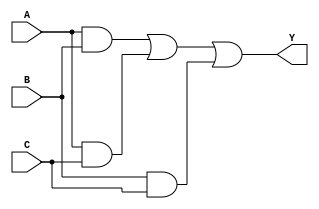
//Verilog HDL for "lyt_9160734", "KC_ADD_C_B_X1" "functional"

`timescale 1ns / 100ps
module KC_ADD_C_B_X1 ( Y, A, B, C );

  input C;
  output Y;
  input A;
  input B;

wire Y;
//assign Y = AB && AC && BC;

assign Y = (A && B) || (A && C) || (B && C);

endmodule
//Verilog HDL for "lyt_9160734", "KC_ADD_C_X1" "functional"

`timescale 1ns / 100ps
module KC_ADD_C_X1 ( Y, A, B, C );

  input C;
  output Y;
  input A;
  input B;

wire Y;
//assign Y =  ~(AB && AC && BC) ;

assign Y = ~((A && B) || (A && C) || (B && C));

endmodule
//Verilog HDL for "lyt_9160734", "KC_ADDH_X1" "functional"

`timescale 1ns / 100ps
module KC_ADDH_X1 ( S, Co, A, B );

  output S;
  output Co;
  input A;
  input B;

wire S, Co;

assign S = A ^ B; 

assign Co = (A && B);
endmodule
//Verilog HDL for "lyt_9160734", "KC_AND2BB_X1" "functional"

`timescale 1ns / 100ps
module KC_AND2BB_X1 ( Y, AN, BN );

  output Y;
  input AN;
  input BN;

wire Y;
//assign Y = AN && BN ;

assign Y = (~AN) && (~BN);

endmodule
//Verilog HDL for "lyt_9160734", "KC_AND2B_X1" "functional"

`timescale 1ns / 100ps
module KC_AND2B_X1 ( Y, A, B );

  output Y;
  input A;
  input B;

wire Y;
//assign Y = ~A && B ;

assign Y = ~(B && ~A);

endmodule
//Verilog HDL for "lyt_9160734", "KC_AND2B_X2" "functional"

`timescale 1ns / 100ps
module KC_AND2B_X2 ( Y, A, B );

  output Y;
  input A;
  input B;

wire Y;
//assign Y = A && ~B ;

//assign Y = ~(B || ~A);
assign Y = (~B) & A;

endmodule
//Verilog HDL for "lyt_9160734", "KC_AND2_X1" "functional"

`timescale 1ns / 100ps
module KC_AND2_X1 ( Y, A, B );

  output Y;
  input A;
  input B;

wire Y;
assign Y = A && B ;

endmodule
//Verilog HDL for "lyt_9160734", "KC_AND2_X2" "functional"

`timescale 1ns / 100ps
module KC_AND2_X2 ( Y, A, B );

  output Y;
  input A;
  input B;

wire Y;
assign Y = A && B ;

endmodule
//Verilog HDL for "lyt_9160734", "KC_AND2_X3" "functional"

`timescale 1ns / 100ps
module KC_AND2_X3 ( Y, A, B );

  output Y;
  input A;
  input B;

wire Y;
assign Y = A && B ;

endmodule
//Verilog HDL for "lyt_9160734", "KC_AND2_X4" "functional"

`timescale 1ns / 100ps
module KC_AND2_X4 ( Y, A, B );

  output Y;
  input A;
  input B;

wire Y;
assign Y = A && B ;

endmodule
//Verilog HDL for "lyt_9160734", "KC_AND3_X1" "functional"

`timescale 1ns / 100ps
module KC_AND3_X1 ( Y, A, B, C );

  input C;
  output Y;
  input A;
  input B;

wire Y;
assign Y = A && B && C;

endmodule
//Verilog HDL for "lyt_9160734", "KC_AND4B_X1" "functional"

`timescale 1ns / 100ps
module KC_AND4B_X1 ( Y, AN, B, C, D );

  input C;
  output Y;
  input AN;
  input D;
  input B;

wire Y;
assign Y = (~AN) && B && C && D;

endmodule
//Verilog HDL for "lyt_9160734", "KC_AND4_X1" "functional"

`timescale 1ns / 100ps
module KC_AND4_X1 ( Y, A, B, C, D );

  input C;
  output Y;
  input A;
  input D;
  input B;

wire Y;
assign Y = A && B && C && D;

endmodule
//Verilog HDL for "lyt_9160734", "KC_AND4_X2" "functional"

`timescale 1ns / 100ps
module KC_AND4_X2 ( Y, A, B, C, D );

  input C;
  output Y;
  input A;
  input D;
  input B;

wire Y;
assign Y = A && B && C && D;

endmodule
//Verilog HDL for "lyt_9160734", "KC_AO112BB_X1" "functional"

`timescale 1ns / 100ps
module KC_AO112BB_X1 ( Y, A, B, C, D );

  input A;
  output Y;
  input B;
  input C;
  input D;

wire Y;
//assign Y = ~((A && B) || ~C || ~D);

assign Y = A && B || ~C && ~D;

endmodule
//Verilog HDL for "LYT_9160734", "KC_AO12B_X1" "functional"

`timescale 1ns / 100ps
module KC_AO12B_X1 ( Y, A, B, C );

  input B;
  output Y;
  input A;
  input C;

wire Y;
assign Y = A && B || (~C);

endmodule
//Verilog HDL for "lyt_9160734", "KC_AO12B_X2" "functional"

`timescale 1ns / 100ps
module KC_AO12B_X2 ( Y, A, B, C );

  input B;
  output Y;
  input A;
  input C;

wire Y;
assign Y = A && B || (~C);

endmodule
//Verilog HDL for "lyt_9160734", "KC_AO21_X1" "functional"

`timescale 1ns / 100ps
module KC_AO21_X1 ( Y, A0, A1, B );

  input B;
  output Y;
  input A0;
  input A1;
wire Y;

assign Y = (A0 && A1) || B;
endmodule
//Verilog HDL for "lyt_9160734", "KC_AO21_X2" "functional"

`timescale 1ns / 100ps
module KC_AO21_X2 ( Y, A0, A1, B );

  input B;
  output Y;
  input A0;
  input A1;
wire Y;

assign Y = (A0 && A1) || B;
endmodule
//Verilog HDL for "lyt_9160734", "KC_AO2222_X1" "functional"

`timescale 1ns / 100ps

module KC_AO2222_X1 ( Y, A0, A1, B0, B1, C0, C1, D0, D1 );

  input B1;
  input A1;
  output Y;
  input A0;
  input B0;
  input C0;
  input C1;
  input D0;
  input D1;

wire Y;

assign Y =  ((A0 && A1) || (B0 && B1) || (C0 && C1) || (D0 && D1));
endmodule
//Verilog HDL for "lyt_9160734", "KC_AO2222_X2" "functional"

`timescale 1ns / 100ps

module KC_AO2222_X2 ( Y, A0, A1, B0, B1, C0, C1, D0, D1 );

  input B1;
  input A1;
  output Y;
  input A0;
  input B0;
  input C0;
  input C1;
  input D0;
  input D1;

wire Y;

assign Y =  ((A0 && A1) || (B0 && B1) || (C0 && C1) || (D0 && D1));
endmodule
//Verilog HDL for "lyt_9160734", "KC_AO222_X1" "functional"

`timescale 1ns / 100ps
module KC_AO222_X1 ( Y, C1, C0, B1, B0, A1, A0 );

  input B1;
  input A1;
  output Y;
  input C1;
  input C0;
  input A0;
  input B0;
wire Y;

//assign Y = ~( (A0 && A1) || (B0 && B1) || ( C0 && C1));

//assign Y = A0 && A1 || B0 && B1 || C0 && C1 || D0 && D1;
assign Y = A0 && A1 || B0 && B1 || C0 && C1 ;

endmodule
//Verilog HDL for "lyt_9160734", "KC_AO22BB_X1" "functional"

`timescale 1ns / 100ps

module KC_AO22BB_X1 ( Y, A, B, C, D );

  input A;
  input B;
  output Y;
  input C;
  input D;

wire Y;

assign Y =  (A && B) || (~C && ~D);
endmodule
//Verilog HDL for "lyt_9160734", "KC_AO22_X1" "functional"

`timescale 1ns / 100ps

module KC_AO22_X1 ( Y, A0, A1, B0, B1 );

  input B1;
  input A1;
  output Y;
  input A0;
  input B0;

wire Y;

assign Y =  (A0 && A1) || (B0 && B1);
endmodule
//Verilog HDL for "lyt_9160734", "KC_AO22_X2" "functional"

`timescale 1ns / 100ps

module KC_AO22_X2 ( Y, A0, A1, B0, B1 );

  input B1;
  input A1;
  output Y;
  input A0;
  input B0;

wire Y;

assign Y =  (A0 && A1) || (B0 && B1);
endmodule
//Verilog HDL for "lyt_9160734", "KC_AO22_X3" "functional"

`timescale 1ns / 100ps

module KC_AO22_X3 ( Y, A0, A1, B0, B1 );

  input B1;
  input A1;
  output Y;
  input A0;
  input B0;

wire Y;

assign Y =  (A0 && A1) || (B0 && B1);
endmodule
//Verilog HDL for "lyt_9160734", "KC_AOI112B_X1" "functional"

`timescale 1ns / 100ps
module KC_AOI112B_X1 ( Y, C0, C1N, A, B );

  input A;
  output Y;
  input C0;
  input C1N;
  input B;

wire Y;
assign Y = ~((C0 && ~C1N) || B || A);

endmodule
//Verilog HDL for "lyt_9160734", "KC_AOI211_X1" "functional"

`timescale 1ns / 100ps
module KC_AOI211_X1 ( Y, C0, C1, A, B );

  input A;
  output Y;
  input C0;
  input C1;
  input B;

wire Y;
assign Y = ~((C0 && C1) || B || A);

endmodule
//Verilog HDL for "lyt_9160734", "KC_AOI21BB_X1" "functional"

`timescale 1ns / 100ps
module KC_AOI21BB_X1 ( Y, A1N, BN, A0 );

  input A0;
  output Y;
  input BN;
  input A1N;
wire Y;

assign Y = ~((A0 && ~A1N) || ~BN);
endmodule
//Verilog HDL for "lyt_9160734", "KC_AOI21B_X1" "functional"

`timescale 1ns / 100ps
module KC_AOI21B_X1 ( Y, A1, B, A0N );

  input A0N;
  output Y;
  input B;
  input A1;
wire Y;

assign Y = ~((~A0N && A1) || B);
endmodule
//Verilog HDL for "lyt_9160734", "KC_AOI21B_X2" "functional"

`timescale 1ns / 100ps
module KC_AOI21B_X2 ( Y, A1, BN, A0 );

  input A0;
  output Y;
  input BN;
  input A1;
wire Y;

assign Y = ~((A0 && A1) || ~BN);
endmodule
//Verilog HDL for "lyt_9160734", "KC_AOI21_X1" "functional"

`timescale 1ns / 100ps
module KC_AOI21_X1 ( Y, A1, B, A0 );

  input A0;
  output Y;
  input B;
  input A1;
wire Y;

assign Y = ~((A0 && A1) || B);
endmodule
//Verilog HDL for "lyt_9160734", "KC_AOI222_X1" "functional"

`timescale 1ns / 100ps
module KC_AOI222_X1 ( Y, C1, C0, B1, B0, A1, A0 );

  input B1;
  input A1;
  output Y;
  input C1;
  input C0;
  input A0;
  input B0;
wire Y;

//assign Y = ( (A0 && A1) || (B0 && B1) || ( C0 && C1));

assign Y = ~( (A0 && A1) || (B0 && B1) || ( C0 && C1));


endmodule
//Verilog HDL for "lyt_9160734", "KC_AOI22BB_X1" "functional"

`timescale 1ns / 100ps

module KC_AOI22BB_X1 ( Y, A0N, A1, B0N, B1 );

  input B1;
  input A1;
  output Y;
  input A0N;
  input B0N;

wire Y;

assign Y =  ~((~A0N && A1) || (~B0N && B1));
endmodule
//Verilog HDL for "lyt_9160734", "KC_AOI22B_X1" "functional"

`timescale 1ns / 100ps

module KC_AOI22B_X1 ( Y, A0N, A1, B0, B1 );

  input B1;
  input A1;
  output Y;
  input A0N;
  input B0;

wire Y;

assign Y =  ~((~A0N && A1) || (B0 && B1));
endmodule
//Verilog HDL for "lyt_9160734", "KC_AOI22B_X2" "functional"

`timescale 1ns / 100ps

module KC_AOI22B_X2 ( Y, A0N, A1, B0, B1 );

  input B1;
  input A1;
  output Y;
  input A0N;
  input B0;

wire Y;

assign Y =  ~((~A0N && A1) || (B0 && B1));
endmodule
//Verilog HDL for "lyt_9160734", "KC_AOI22_X1" "functional"

`timescale 1ns / 100ps

module KC_AOI22_X1 ( Y, A0, A1, B0, B1 );

  input B1;
  input A1;
  output Y;
  input A0;
  input B0;

wire Y;

assign Y =  ~((A0 && A1) || (B0 && B1));
endmodule
//Verilog HDL for "lyt_9160734", "KC_AOI22_X2" "functional"

`timescale 1ns / 100ps

module KC_AOI22_X2 ( Y, A0, A1, B0, B1 );

  input B1;
  input A1;
  output Y;
  input A0;
  input B0;

wire Y;

assign Y =  ~((A0 && A1) || (B0 && B1));
endmodule
//Verilog HDL for "lyt_9160734", "KC_AOI31_X1" "functional"

`timescale 1ns / 100ps
module KC_AOI31_X1 ( Y, A, B2, B1, B0 );

  input B1;
  output Y;
  input B0;
  input A;
  input B2;
wire Y;

assign Y = ~((B0 && B1 && B2) || A);
endmodule
//Verilog HDL for "lyt_9160734", "KC_AOI31_X2" "functional"

`timescale 1ns / 100ps
module KC_AOI31_X2 ( Y, A, B2, B1, B0 );

  input B1;
  output Y;
  input B0;
  input A;
  input B2;
wire Y;

assign Y = ~((B0 && B1 && B2) || A);
endmodule
//Verilog HDL for "lyt_9160734", "KC_AOI32_X1" "functional"

`timescale 1ns / 100ps
module KC_AOI32_X1 ( Y, A0, A1,  A2, B1, B0 );

  input B1;
  output Y;
  input B0;
  input A0;
  input A1;
  input A2;
wire Y;

assign Y = ~((A0 && A1 && A2) || (B0 && B1));
endmodule
//Verilog HDL for "lyt_9160734", "KC_AOI32_X2" "functional"

`timescale 1ns / 100ps
module KC_AOI32_X2 ( Y, A, B, C, D, E );

  input A;
  output Y;
  input B;
  input C;
  input D;
  input E;
wire Y;

assign Y = ~((A && B && C) || (D && E));
endmodule
//Verilog HDL for "lyt_9160734", "KC_BUF_X1" "functional"

`timescale 1ns / 100ps
module KC_BUF_X1 ( Y, A );

  output Y;
  input A;

wire Y;
assign Y = A;

endmodule
//Verilog HDL for "lyt_9160734", "KC_BUF_X10" "functional"

`timescale 1ns / 100ps
module KC_BUF_X10 ( Y, A );

  output Y;
  input A;

wire Y;
assign Y = A;

endmodule
//Verilog HDL for "lyt_9160734", "KC_BUF_X12" "functional"

`timescale 1ns / 100ps
module KC_BUF_X12 ( Y, A );

  output Y;
  input A;

wire Y;
assign Y = A;

endmodule
//Verilog HDL for "lyt_9160734", "KC_BUF_X13" "functional"

`timescale 1ns / 100ps
module KC_BUF_X13 ( Y, A );

  output Y;
  input A;

wire Y;
assign Y = A;

endmodule
//Verilog HDL for "lyt_9160734", "KC_BUF_X14" "functional"

`timescale 1ns / 100ps
module KC_BUF_X14 ( Y, A );

  output Y;
  input A;

wire Y;
assign Y = A;

endmodule
//Verilog HDL for "lyt_9160734", "KC_BUF_X15" "functional"

`timescale 1ns / 100ps
module KC_BUF_X15 ( Y, A );

  output Y;
  input A;

wire Y;
assign Y = A;

endmodule
//Verilog HDL for "lyt_9160734", "KC_BUF_X16" "functional"

`timescale 1ns / 100ps
module KC_BUF_X16 ( Y, A );

  output Y;
  input A;

wire Y;
assign Y = A;

endmodule
//Verilog HDL for "lyt_9160734", "KC_BUF_X2" "functional"

`timescale 1ns / 100ps
module KC_BUF_X2 ( Y, A );

  output Y;
  input A;

wire Y;
assign Y = A;

endmodule
//Verilog HDL for "lyt_9160734", "KC_BUF_X3" "functional"

`timescale 1ns / 100ps
module KC_BUF_X3 ( Y, A );

  output Y;
  input A;

wire Y;
assign Y = A;

endmodule
//Verilog HDL for "lyt_9160734", "KC_BUF_X4" "functional"

`timescale 1ns / 100ps
module KC_BUF_X4 ( Y, A );

  output Y;
  input A;

wire Y;
assign Y = A;

endmodule
//Verilog HDL for "lyt_9160734", "KC_BUF_X5" "functional"

`timescale 1ns / 100ps
module KC_BUF_X5 ( Y, A );

  output Y;
  input A;

wire Y;
assign Y = A;

endmodule
//Verilog HDL for "lyt_9160734", "KC_BUF_X6" "functional"

`timescale 1ns / 100ps
module KC_BUF_X6 ( Y, A );

  output Y;
  input A;

wire Y;
assign Y = A;

endmodule
//Verilog HDL for "lyt_9160734", "KC_BUF_X7" "functional"

`timescale 1ns / 100ps
module KC_BUF_X7 ( Y, A );

  output Y;
  input A;

wire Y;
assign Y = A;

endmodule
//Verilog HDL for "lyt_9160734", "KC_BUF_X8" "functional"

`timescale 1ns / 100ps
module KC_BUF_X8 ( Y, A );

  output Y;
  input A;

wire Y;
assign Y = A;

endmodule
//Verilog HDL for "lyt_9160734", "KC_BUF_X9" "functional"

`timescale 1ns / 100ps
module KC_BUF_X9 ( Y, A );

  output Y;
  input A;

wire Y;
assign Y = A;

endmodule
//Verilog HDL for "lyt_9160734", "KC_DFFHQ_X1" "functional"

`timescale 1ns / 100ps
module KC_DFFHQ_X1 ( Q, D, CK );

  input CK;
  input D;
  output Q;

reg Q_reg;

always@(posedge CK)

	Q_reg <= D;



wire Q;

assign #1 Q = Q_reg;
endmodule
//Verilog HDL for "lyt_9160734", "KC_DFFHQ_X2" "functional"

`timescale 1ns / 100ps
module KC_DFFHQ_X2 ( Q, D1, D2,  CK );

  input CK;
  input D1;
  input D2;
  output Q;

reg Q_reg;

//always@(posedge CK)

////	Q_reg <= D1 or D2;
//always @ (CK or D1 or D2)
// if (!CK)
//  Q_reg <= (D1 || D2);
always @ (posedge CK)
    Q_reg <= (D1 || D2);
wire Q;

assign #1 Q = CK & Q_reg;

endmodule
//Verilog HDL for "lyt_9160734", "KC_DFFHQ_X3" "functional"

`timescale 1ns / 100ps
module KC_DFFHQ_X3 ( Q, D, CK );

  input CK;
  input D;
  output Q;

reg Q_reg;

//always@(posedge CK)

//	Q_reg <= D;

//always @ (CK or D)
// if (!CK)
//  Q_reg <= D ;
always @ (posedge  CK )
  Q_reg <= D ;

wire Q;

assign #1 Q = CK & Q_reg;

endmodule
//Verilog HDL for "lyt_9160734", "KC_DFFRNHQ_X1" "functional"

`timescale 1ns / 100ps
module KC_DFFRNHQ_X1 ( Q, D, CK, RN );

  input CK;
  input RN;
  input D;
  output Q;

reg Q_reg;
always@(posedge CK or negedge RN)
begin
   if (RN == 1'b0)
      Q_reg <= 1'b0 ;
   else
      Q_reg <= D;
end

wire Q;
assign #1 Q = Q_reg;
endmodule
//Verilog HDL for "lyt_9160734", "KC_DFFRNHQ_X2" "functional"

`timescale 1ns / 100ps
module KC_DFFRNHQ_X2 ( Q, D, CK, RN );

  input CK;
  input RN;
  input D;
  output Q;

reg Q_reg;
always@(posedge CK or negedge RN)
begin
   if (RN == 1'b0)
      Q_reg <= 1'b0 ;
   else
      Q_reg <= D;
end

wire Q;
assign #1 Q = Q_reg;
endmodule
//Verilog HDL for "lyt_9160734", "KC_DFFRNHQ_X3" "functional"

`timescale 1ns / 100ps
module KC_DFFRNHQ_X3 ( Q, CK, D, RN);
  
  input CK;
  input RN;
  input D;
  output Q;

reg Q_reg;

always @ (negedge RN or posedge CK)
 begin
    if (RN == 1'b0)
     Q_reg <= 1'b0;
    else
     Q_reg <= D;
 end

wire Q;

assign #1 Q = Q_reg;

endmodule
//Verilog HDL for "lyt_9160734", "KC_DFFRNHQ_X4" "functional"

`timescale 1ns / 100ps
module KC_DFFRNHQ_X4 ( Q, D, CK, CK1, RN );

  input CK1;
  input CK;
  input RN;
  input D;
  output Q;

reg Q_reg;
always@(posedge CK or negedge RN)
begin
   if (RN == 1'b0)
      Q_reg <= 1'b0 ;
   else if (CK1)
      Q_reg <= D;
end

wire Q;
assign #1 Q = Q_reg;
endmodule
//Verilog HDL for "lyt_9160734", "KC_DFFRNHQ_X5" "functional"

`timescale 1ns / 100ps
module KC_DFFRNHQ_X5 ( Q, D, CK, RN );

  input CK;
  input RN;
  input D;
  output Q;

reg Q_reg;
always@(posedge CK or negedge RN)
begin
   if (RN == 1'b0)
      Q_reg <= 1'b0 ;
   else
      Q_reg <= D;
end

wire Q;
assign #1 Q = Q_reg;
endmodule
//Verilog HDL for "lyt_9160734", "KC_DFFSNHQ_X1" "functional"
`timescale 1ns / 100ps
module KC_DFFSNHQ_X1 (D,CK ,SN, Q);
input D,CK ,SN;
output Q;

reg Q_reg;
always@(posedge CK or negedge SN)
begin
   if (SN == 1'b0)
      Q_reg <= 1'b1 ;
   else
      Q_reg <= D;
end

wire Q;
assign #1 Q = Q_reg;
endmodule

/*
module KC_DFFSNHQ_X1 (D, CK, SN, Q );

input D;
input CK;
input SN;

output Q;

reg Q_reg;

always @ (posedge CK)
  begin
    if(SN == 1'b0)
	Q_reg <= 1'b1;
    else
	Q_reg <= D;
  end

wire Q;

assign #1 Q = Q_reg;

endmodule
*/

//Verilog HDL for "lyt_9160734", "KC_DFFSNHQ_X2" "functional"
`timescale 1ns / 100ps
module KC_DFFSNHQ_X2 (D,CK ,SN, Q);
input D,CK ,SN;
output Q;

reg Q_reg;
always@(posedge CK or negedge SN)
begin
   if (SN == 1'b0)
      Q_reg <= 1'b1 ;
   else
      Q_reg <= D;
end

wire Q;
assign #1 Q = Q_reg;
endmodule

/*
module KC_DFFSNHQ_X2 (D, CK, SN, Q );

input D;
input CK;
input SN;

output Q;

reg Q_reg;

always @ (posedge CK)
  begin
    if(SN == 1'b0)
	Q_reg <= 1'b1;
    else
	Q_reg <= D;
  end

wire Q;

assign #1 Q = Q_reg;

endmodule
*/

//Verilog HDL for "lyt_9160734", "KC_DFFSNHQ_X3" "functional"

`timescale 1ns / 100ps
module KC_DFFSNHQ_X3 ( Q, CK, D, SN );

  input SN;
  input CK;
  input D;
  output Q;

reg Q_reg;

always @ (negedge SN or posedge CK)
  begin
    if(SN == 1'b0)
	Q_reg <= 1'b1;
    else
	Q_reg <= D;
  end

wire Q;

assign #1 Q = Q_reg;



endmodule
//Verilog HDL for "lyt_9160734", "KC_DFFSNHQ_X4" "functional"
`timescale 1ns / 100ps
module KC_DFFSNHQ_X4 (D,CK ,SN, Q);
input D,CK ,SN;
output Q;

reg Q_reg;
always@(posedge CK or negedge SN)
begin
   if (SN == 1'b0)
      Q_reg <= 1'b1 ;
   else
      Q_reg <= D;
end

wire Q;
assign #1 Q = Q_reg;
endmodule

/*
module KC_DFFSNHQ_X4 (D, CK, SN, Q );

input D;
input CK;
input SN;

output Q;

reg Q_reg;

always @ (posedge CK)
  begin
    if(SN == 1'b0)
	Q_reg <= 1'b1;
    else
	Q_reg <= D;
  end

wire Q;

assign #1 Q = Q_reg;

endmodule
*/

//Verilog HDL for "lyt_9160734", "KC_INV_X1" "functional"

`timescale 1ns / 100ps
module KC_INV_X1 ( Y, A );

  output Y;
  input A;

wire Y;
assign Y = ~A;

endmodule
//Verilog HDL for "lyt_9160734", "KC_INV_X2" "functional"

`timescale 1ns / 100ps
module KC_INV_X2 ( Y, A );

  output Y;
  input A;

wire Y;
assign Y = ~A;

endmodule
//Verilog HDL for "lyt_9160734", "KC_INV_X3" "functional"

`timescale 1ns / 100ps
module KC_INV_X3 ( Y, A );

  output Y;
  input A;

wire Y;
assign Y = ~A;

endmodule
//Verilog HDL for "lyt_9160734", "KC_INV_X4" "functional"

`timescale 1ns / 100ps
module KC_INV_X4 ( Y, A );

  output Y;
  input A;

wire Y;
assign Y = ~A;

endmodule
//Verilog HDL for "lyt_9160734", "KC_INV_X5" "functional"

`timescale 1ns / 100ps
module KC_INV_X5 ( Y, A );

  output Y;
  input A;

wire Y;
assign Y = ~A;

endmodule
//Verilog HDL for "lyt_9160734", "KC_INV_X6" "functional"


`timescale 1ns / 100ps
module KC_INV_X8 (A,Y);
input A;
output Y;

wire Y;
assign Y = ~A;

endmodule
//Verilog HDL for "lyt_9160734", "KC_MX2_X1" "functional"

`timescale 1ns / 100ps
module KC_MX2_X1 ( Y, A, B, S0 );

  input S0;
  output Y;
  input A;
  input B;

wire Y;

assign   Y = S0 ? B : A;
endmodule
//Verilog HDL for "lyt_9160734", "KC_MX2_X2" "functional"

`timescale 1ns / 100ps
module KC_MX2_X2 ( Y, A, B, S0 );

  input S0;
  output Y;
  input A;
  input B;

wire Y;

assign   Y = S0 ? B : A;
endmodule
//Verilog HDL for "lyt_9160734", "KC_MXI2B_X1" "functional"

`timescale 1ns / 100ps
module KC_MXI2B_X1 ( Y, A, S0, BN );

  input S0;
  output Y;
  input A;
  input BN;

wire Y;
assign   Y =  (S0 ? BN :((~BN & ~A) ? 1'bx : ~A));

//S0  BN  A   Y
//// 0  0   0   x
//// 0  0   1   0
//// 0  1   0   1   
//// 0  1   1   0
//// 1  0   x   0
//// 1  1   x   1
//
//assign   Y = ~ (S0 ? ~BN : A);

endmodule
//Verilog HDL for "lyt_9160734", "KC_MXI2B_X2" "functional"

`timescale 1ns / 100ps
module KC_MXI2B_X2 ( Y, A, S0, BN );

  input S0;
  output Y;
  input A;
  input BN;

wire Y;

assign   Y =  ~(S0 ? ~BN : A);
endmodule
//Verilog HDL for "lyt_9160734", "KC_MXI2B_X3" "functional"

`timescale 1ns / 100ps
module KC_MXI2B_X3 ( Y, AN, S0, B );

  input S0;
  output Y;
  input AN;
  input B;

wire Y;

//assign   Y =  ~(S0 ? ~AN : B);

assign Y = ~(S0 ? B : ~AN);

endmodule
//Verilog HDL for "lyt_9160734", "KC_MXI2B_X4" "functional"

`timescale 1ns / 100ps
module KC_MXI2B_X4 ( Y, A, S0, BN );

  input S0;
  output Y;
  input A;
  input BN;

wire Y;
//assign   Y = ~ (S0 ? ~BN : A);

assign Y = ~(S0 ? A : ~BN);

endmodule
//Verilog HDL for "lyt_9160734", "KC_MXI2B_X5" "functional"

`timescale 1ns / 100ps
module KC_MXI2B_X5 ( Y, A, S0, BN );

  input S0;
  output Y;
  input A;
  input BN;

wire Y;
assign   Y = ~ (S0 ? ~BN : ((BN&A) ? 1'bx : A));

endmodule
//Verilog HDL for "lyt_9160734", "KC_MXI2B_X6" "functional"

`timescale 1ns / 100ps
module KC_MXI2B_X6 ( Y, A, S0, BN );

  input S0;
  output Y;
  input A;
  input BN;

wire Y;
assign   Y = ~ (S0 ? ((BN & A) ? 1'bx : A) : ~BN );

endmodule
//Verilog HDL for "lyt_9160734", "KC_MXI2_X1" "functional"

`timescale 1ns / 100ps
module KC_MXI2_X1 ( Y, A, S0, B );

  input S0;
  output Y;
  input A;
  input B;

wire Y;

//assign   Y =  ~(S0 ? A : B);

assign Y = ~(S0 ? B : A);

endmodule
//Verilog HDL for "lyt_9160734", "KC_MXI2_X2" "functional"

`timescale 1ns / 100ps
module KC_MXI2_X2 ( Y, A, B, S0 );

  input S0;
  output Y;
  input A;
  input B;

wire Y;

assign   Y = ~(S0 ? B : A);
endmodule
//Verilog HDL for "lyt_9160734", "KC_MXI2_X3" "functional"

`timescale 1ns / 100ps
module KC_MXI2_X3 ( Y, A, S0, B );

  input S0;
  output Y;
  input A;
  input B;

wire Y;

//assign   Y =  ~(S0 ? A : B);

assign Y = ~(S0 ? B : A);

endmodule
//Verilog HDL for "lyt_9160734", "KC_NAND2B_X1" "funcational"

`timescale 1ns / 100ps
module KC_NAND2B_X1 ( Y, AN, B );

  output Y;
  input B;
  input AN;

wire Y;
assign Y = ~(~AN && B );

endmodule
//Verilog HDL for "lyt_9160734", "KC_NAND2B_X2" "funcational"

`timescale 1ns / 100ps
module KC_NAND2B_X2 ( Y, AN, B );

  output Y;
  input B;
  input AN;

wire Y;
assign Y = ~(~AN && B );

endmodule
//Verilog HDL for "lyt_9160734", "KC_NAND2_X1" "funcational"

`timescale 1ns / 100ps
module KC_NAND2_X1 ( Y, A, B );

  output Y;
  input B;
  input A;

wire Y;
assign Y = ~(A && B );

endmodule
//Verilog HDL for "lyt_9160734", "KC_NAND2_X2" "funcational"

`timescale 1ns / 100ps
module KC_NAND2_X2 ( Y, A, B );

  output Y;
  input B;
  input A;

wire Y;
assign Y = ~(A && B );

endmodule
//Verilog HDL for "lyt_9160734", "KC_NAND2_X3" "funcational"

`timescale 1ns / 100ps
module KC_NAND2_X3 ( Y, A, B );

  output Y;
  input B;
  input A;

wire Y;
assign Y = ~(A && B );

endmodule
//Verilog HDL for "lyt_9160734", "KC_NAND3BB_X1" "functional"

`timescale 1ns / 100ps
module KC_NAND3BB_X1 ( Y, A, BN, CN );

  input CN;
  output Y;
  input BN;
  input A;

wire Y;
assign Y = ~(A && (~BN) && ~CN);

endmodule
//Verilog HDL for "lyt_9160734", "KC_NAND3B_X1" "functional"

`timescale 1ns / 100ps
module KC_NAND3B_X1 ( Y, A, B, CN );

  input CN;
  output Y;
  input B;
  input A;

wire Y;
assign Y = ~(A && B && ~CN);

endmodule
//Verilog HDL for "lyt_9160734", "KC_NAND3B_X2" "functional"

`timescale 1ns / 100ps
module KC_NAND3B_X2 ( Y, A, B, CN );

  input CN;
  output Y;
  input B;
  input A;

wire Y;
assign Y = ~(A && B && ~CN);

endmodule
//Verilog HDL for "lyt_9160734", "KC_NAND3_X1" "functional"

`timescale 1ns / 100ps
module KC_NAND3_X1 ( Y, A, B, C );

  input C;
  output Y;
  input B;
  input A;

wire Y;
assign Y = ~(A && B && C);

endmodule
//Verilog HDL for "lyt_9160734", "KC_NAND3_X2" "functional"

`timescale 1ns / 100ps
module KC_NAND3_X2 ( Y, A, B, C );

  input C;
  output Y;
  input B;
  input A;

wire Y;
assign Y = ~(A && B && C);

endmodule
//Verilog HDL for "lyt_9160734", "KC_NAND3_X3" "functional"

`timescale 1ns / 100ps
module KC_NAND3_X3 ( Y, A, B, C );

  input C;
  output Y;
  input B;
  input A;

wire Y;
assign Y = ~(A && B && C);

endmodule
//Verilog HDL for "lyt_9160734", "KC_NAND3_X4" "functional"

`timescale 1ns / 100ps
module KC_NAND3_X4 ( Y, A, B, C );

  input C;
  output Y;
  input B;
  input A;

wire Y;
assign Y = ~(A && B && C);

endmodule
//Verilog HDL for "lyt_9160734", "KC_NAND3_X5" "functional"

`timescale 1ns / 100ps
module KC_NAND3_X5 ( Y, A, B, C );

  input C;
  output Y;
  input B;
  input A;

wire Y;
assign Y = ~(A && B && C);

endmodule
//Verilog HDL for "lyt_9160734", "KC_NAND4B_X1" "functional"

`timescale 1ns / 100ps
module KC_NAND4B_X1 ( Y, A, B, C, DN );

  input C;
  output Y;
  input A;
  input DN;
  input B;

wire Y;
assign Y = ~(A && B && C && ~DN);

endmodule
//Verilog HDL for "lyt_9160734", "KC_NAND4_X1" "functional"

`timescale 1ns / 100ps
module KC_NAND4_X1 ( Y, A, B, C, D );

  input C;
  output Y;
  input A;
  input D;
  input B;

wire Y;
assign Y = ~(A && B && C && D);

endmodule
//Verilog HDL for "lyt_9160734", "KC_NAND4_X2" "functional"

`timescale 1ns / 100ps
module KC_NAND4_X2 ( Y, A, B, C, D );

  input C;
  output Y;
  input A;
  input D;
  input B;

wire Y;
assign Y = ~(A && B && C && D);

endmodule
//Verilog HDL for "lyt_9160734", "KC_NAND4_X3" "functional"

`timescale 1ns / 100ps
module KC_NAND4_X3 ( Y, A, B, C, D );

  input C;
  output Y;
  input A;
  input D;
  input B;

wire Y;
assign Y = ~(A && B && C && D);

endmodule
//Verilog HDL for "lyt_9160734", "KC_NOR2B_X1" "functional"

`timescale 1ns / 100ps
module KC_NOR2B_X1 ( Y, AN, B );

  output Y;
  input B;
  input AN;

wire Y;
assign Y = ~ ((~AN) || B );

endmodule
//Verilog HDL for "lyt_9160734", "KC_NOR2B_X2" "functional"

`timescale 1ns / 100ps
module KC_NOR2B_X2 ( Y, AN, B );

  output Y;
  input B;
  input AN;

wire Y;
assign Y = ~ ((~AN) || B );

endmodule
//Verilog HDL for "lyt_9160734", "KC_NOR2B_X3" "functional"

`timescale 1ns / 100ps
module KC_NOR2B_X3 ( Y, AN, B );

  output Y;
  input B;
  input AN;

wire Y;
assign Y = ~ ((~AN) || B );

endmodule
//Verilog HDL for "lyt_9160734", "KC_NOR2B_X4" "functional"

`timescale 1ns / 100ps
module KC_NOR2B_X4 ( Y, AN, B );

  output Y;
  input B;
  input AN;

wire Y;
assign Y = ~ ((~AN) || B );

endmodule
//Verilog HDL for "lyt_9160734", "KC_NOR2B_X5" "functional"

`timescale 1ns / 100ps
module KC_NOR2B_X5 ( Y, AN, B );

  output Y;
  input B;
  input AN;

wire Y;
assign Y = ~ ((~AN) || B );

endmodule
//Verilog HDL for "lyt_9160734", "KC_NOR2_X1" "functional"

`timescale 1ns / 100ps
module KC_NOR2_X1 ( Y, A, B );

  output Y;
  input A;
  input B;

wire Y;
assign Y = ~ (A || B );

endmodule
//Verilog HDL for "lyt_9160734", "KC_NOR2_X2" "functional"

`timescale 1ns / 100ps
module KC_NOR2_X2 ( Y, A, B );

  output Y;
  input A;
  input B;

wire Y;
assign Y = ~ (A || B );

endmodule
//Verilog HDL for "lyt_9160734", "KC_NOR2_X3" "functional"

`timescale 1ns / 100ps
module KC_NOR2_X3 ( Y, A, B );

  output Y;
  input A;
  input B;

wire Y;
assign Y = ~ (A || B );

endmodule
//Verilog HDL for "lyt_9160734", "KC_NOR2_X4" "functional"

`timescale 1ns / 100ps
module KC_NOR2_X4 ( Y, A, B );

  output Y;
  input A;
  input B;

wire Y;
assign Y = ~ (A || B );

endmodule
//Verilog HDL for "lyt_9160734", "KC_NOR2_X5" "functional"

`timescale 1ns / 100ps
module KC_NOR2_X5 ( Y, A, B );

  output Y;
  input A;
  input B;

wire Y;
assign Y = ~ (A || B );

endmodule
//Verilog HDL for "lyt_9160734", "KC_NOR3B_X1" "functional"

`timescale 1ns / 100ps
module KC_NOR3B_X1 ( Y, A, B, CN );

  input CN;
  output Y;
  input A;
  input B;

wire Y;
assign Y = ~((~CN) || B || A);

endmodule
//Verilog HDL for "lyt_9160734", "KC_NOR3B_X2" "functional"

`timescale 1ns / 100ps
module KC_NOR3B_X2 ( Y, A, B, CN );

  input CN;
  output Y;
  input A;
  input B;

wire Y;
assign Y = ~((~CN) || B || A);

endmodule
//Verilog HDL for "lyt_9160734", "KC_NOR3_X1" "funcational"

`timescale 1ns / 100ps
module KC_NOR3_X1 ( Y, A, B, C );

  input C;
  output Y;
  input A;
  input B;

wire Y;
assign Y = ~(A || B || C);

endmodule
//Verilog HDL for "lyt_9160734", "KC_NOR3_X2" "funcational"

`timescale 1ns / 100ps
module KC_NOR3_X2 ( Y, A, B, C );

  input C;
  output Y;
  input A;
  input B;

wire Y;
assign Y = ~(A || B || C);

endmodule
//Verilog HDL for "lyt_9160734", "KC_NOR3_X3" "funcational"

`timescale 1ns / 100ps
module KC_NOR3_X3 ( Y, A, B, C );

  input C;
  output Y;
  input A;
  input B;

wire Y;
assign Y = ~(A || B || C);

endmodule
//Verilog HDL for "lyt_9160734", "KC_NOR3_X4" "funcational"

`timescale 1ns / 100ps
module KC_NOR3_X4 ( Y, A, B, C );

  input C;
  output Y;
  input A;
  input B;

wire Y;
assign Y = ~(A || B || C);

endmodule
//Verilog HDL for "lyt_9160734", "KC_NOR4_X1" "functional"

`timescale 1ns / 100ps
module KC_NOR4_X1 ( Y, A, B, C, D );

  input C;
  output Y;
  input A;
  input D;
  input B;

wire Y;
assign Y = ~(A || B || C || D);

endmodule
//Verilog HDL for "lyt_9160734", "KC_OA12B_X1" "functional"

`timescale 1ns / 100ps
module KC_OA12B_X1 ( Y, A, B, C );

  input C;
  output Y;
  input A;
  input B;

wire Y;
assign Y = (A || B) && (~C);

//assign Y = ~(~(A || B) || C);

endmodule
//Verilog HDL for "lyt_9160734", "KC_OA21_X1" "functional"

`timescale 1ns / 100ps
//module KC_OA21_X1 ( Y, A, B1, B0 );

//  input B1;
//  input B0;
//  output Y;
//  input A;

//wire Y;

//assign Y = ((B0 || B1) && A);
//endmodule

module KC_OA21_X1( Y, A0, A1, B );

input A0;
input A1;
output Y;
input B;

wire Y;

assign Y = (A0 || A1) && B;

endmodule

//Verilog HDL for "lyt_9160734", "KC_OA22_X1" "functional"

`timescale 1ns / 100ps

module KC_OA22_X1 ( Y, B1, B0, A1, A0 );

  input B1;
  input A1;
  output Y;
  input A0;
  input B0;

wire Y;

assign Y = (A0 || A1) && (B0 || B1);
endmodule
//Verilog HDL for "lyt_9160734", "KC_OAI112BB_X1" "functional"

`timescale 1ns / 100ps
module KC_OAI112BB_X1 ( Y, C1, B, C0N, AN );

  output Y;
  input C1;
  input C0N;
  input AN;
  input B;

wire Y;

assign Y = ~((~C0N || C1) && B && ~AN);


endmodule
//Verilog HDL for "lyt_9160734", "KC_OAI112B_X1" "functional"

`timescale 1ns / 100ps
module KC_OAI112B_X1 ( Y, C1, BN, C0, A );

  output Y;
  input C1;
  input C0;
  input A;
  input BN;

wire Y;

assign Y = ~((C0 || C1) && ~BN && A);


endmodule
//Verilog HDL for "lyt_9160734", "KC_OAI112B_X2" "functional"

`timescale 1ns / 100ps
module KC_OAI112B_X2 ( Y, C1, B, C0, AN );

  output Y;
  input C1;
  input C0;
  input AN;
  input B;

wire Y;

assign Y = ~((C0 || C1) && B && ~AN);


endmodule
//Verilog HDL for "lyt_9160734", "KC_OAI112_X1" "functional"

`timescale 1ns / 100ps
module KC_OAI112_X1 ( Y, C1, B, C0, A );

  output Y;
  input C1;
  input C0;
  input A;
  input B;

wire Y;

assign Y = ~((C0 || C1) && B && A);


endmodule
//Verilog HDL for "lyt_9160734", "KC_OAI112_X2" "functional"

`timescale 1ns / 100ps
module KC_OAI112_X2 ( Y, C1, B, C0, A );

  output Y;
  input C1;
  input C0;
  input A;
  input B;

wire Y;

assign Y = ~((C0 || C1) && B && A);


endmodule
//Verilog HDL for "lyt_9160734", "KC_OAI13_X1" "functional"

`timescale 1ns / 100ps
module KC_OAI13_X1 ( Y, B0, A, B1, B2 );

  input B1;
  output Y;
  input A;
  input B0;
  input B2;


wire Y;

assign Y = ~((B0 || B1 || B2) && A);
endmodule
//Verilog HDL for "lyt_9160734", "KC_OAI13_X2" "functional"

`timescale 1ns / 100ps
module KC_OAI13_X2 ( Y, B0, A, B1, B2 );

  input B1;
  output Y;
  input A;
  input B0;
  input B2;


wire Y;

assign Y = ~((B0 || B1 || B2) && A);
endmodule
//Verilog HDL for "lyt_9160734", "KC_OAI13_X3" "functional"

`timescale 1ns / 100ps
module KC_OAI13_X3 ( Y, B0, A, B1, B2 );

  input B1;
  output Y;
  input A;
  input B0;
  input B2;


wire Y;

assign Y = ~((B0 || B1 || B2) && A);
endmodule
//Verilog HDL for "lyt_9160734", "KC_OAI211B_X1" "functional"

`timescale 1ns / 100ps
module KC_OAI211B_X1 ( Y, C1, B, C0N, A );

  output Y;
  input C1;
  input C0N;
  input A;
  input B;

wire Y;

assign Y = ~((~C0N || C1) && B && A);


endmodule
//Verilog HDL for "lyt_9160734", "KC_OAI211B_X2" "functional"

`timescale 1ns / 100ps
module KC_OAI211B_X2 ( Y, C1, B, C0, AN );

  output Y;
  input C1;
  input C0;
  input AN;
  input B;

wire Y;

assign Y = ~((C0 || C1) && B && ~AN);


endmodule
//Verilog HDL for "lyt_9160734", "KC_OAI211B_X3" "functional"

`timescale 1ns / 100ps
module KC_OAI211B_X3 ( Y, C1, B, C0N, A );

  output Y;
  input C1;
  input C0N;
  input A;
  input B;

wire Y;

assign Y = ~((~C0N || C1) && B && A);


endmodule
//Verilog HDL for "lyt_9160734", "KC_OAI21BB_X2" "functional"

`timescale 1ns / 100ps
module KC_OAI21BB_X2 ( Y, A0, A1N, BN );

  input A1N;
  input BN;
  output Y;
  input A0;

wire Y;

assign Y = ~((A0 || ~A1N) && ~BN);
endmodule
//Verilog HDL for "lyt_9160734", "KC_OAI21B_X1" "functional"

`timescale 1ns / 100ps
module KC_OAI21B_X1 ( Y, A0N, A1, B );

  input A1;
  input B;
  output Y;
  input A0N;

wire Y;

assign Y = ~((~A0N || A1) && B);
endmodule
//Verilog HDL for "lyt_9160734", "KC_OAI21B_X2" "functional"

`timescale 1ns / 100ps
module KC_OAI21B_X2 ( Y, A0, A1, BN );

  input A1;
  input BN;
  output Y;
  input A0;

wire Y;

assign Y = ~((A0 || A1) && ~BN);
endmodule
//Verilog HDL for "lyt_9160734", "KC_OAI21B_X3" "functional"

`timescale 1ns / 100ps
module KC_OAI21B_X3 ( Y, A0, A1, BN );

  input A1;
  input BN;
  output Y;
  input A0;

wire Y;

assign Y = ~((A0 || A1) && ~BN);
endmodule
//Verilog HDL for "lyt_9160734", "KC_OAI21B_X4" "functional"

`timescale 1ns / 100ps
module KC_OAI21B_X4 ( Y, A0N, A1, B );

  input A1;
  input B;
  output Y;
  input A0N;

wire Y;

assign Y = ~((~A0N || A1) && B);
endmodule
//Verilog HDL for "lyt_9160734", "KC_OAI21_X1" "functional"

`timescale 1ns / 100ps
module KC_OAI21_X1 ( Y, A1, B, A0 );

  input A1;
  input B;
  output Y;
  input A0;

wire Y;

assign Y = ~((A0 || A1) && B);
endmodule
//Verilog HDL for "lyt_9160734", "KC_OAI21_X2" "functional"

`timescale 1ns / 100ps
module KC_OAI21_X2 ( Y, A1, B, A0 );

  input A1;
  input B;
  output Y;
  input A0;

wire Y;

assign Y = ~((A0 || A1) && B);
endmodule
//Verilog HDL for "lyt_9160734", "KC_OAI22B_X1" "functional"

`timescale 1ns / 100ps

module KC_OAI22B_X1 ( Y, B1N, B0, A1, A0 );

  input B1N;
  input A1;
  output Y;
  input A0;
  input B0;

wire Y;

assign Y = ~( (A0 || A1) && (B0 || ~B1N) );

endmodule
//Verilog HDL for "lyt_9160734", "KC_OAI22_X1" "functional"

`timescale 1ns / 100ps

module KC_OAI22_X1 ( Y, B1, B0, A1, A0 );

  input B1;
  input A1;
  output Y;
  input A0;
  input B0;

wire Y;

assign Y = ~( (A0 || A1) && (B0 || B1) );

endmodule
//Verilog HDL for "lyt_9160734", "KC_OAI22_X2" "functional"

`timescale 1ns / 100ps

module KC_OAI22_X2 ( Y, B1, B0, A1, A0 );

  input B1;
  input A1;
  output Y;
  input A0;
  input B0;

wire Y;

assign Y = ~( (A0 || A1) && (B0 || B1) );

endmodule
//Verilog HDL for "lyt_9160734", "KC_OAI22_X3" "functional"

`timescale 1ns / 100ps

module KC_OAI22_X3 ( Y, B1, B0, A1, A0 );

  input B1;
  input A1;
  output Y;
  input A0;
  input B0;

wire Y;

assign Y = ~( (A0 || A1) && (B0 || B1) );

endmodule
//Verilog HDL for "lyt_9160734", "KC_OR2_X1" "functional"

`timescale 1ns / 100ps
module KC_OR2_X1 ( Y, A, B );

  output Y;
  input A;
  input B;

wire Y;
assign Y = (A || B );

endmodule
//Verilog HDL for "lyt_9160734", "KC_OR2_X2" "functional"

`timescale 1ns / 100ps
module KC_OR2_X2 ( Y, A, B );

  output Y;
  input A;
  input B;

wire Y;
assign Y = (A || B );

endmodule
//Verilog HDL for "lyt_9160734", "KC_OR2_X3" "functional"

`timescale 1ns / 100ps
module KC_OR2_X3 ( Y, A, B );

  output Y;
  input A;
  input B;

wire Y;
assign Y = (A || B );

endmodule
//Verilog HDL for "lyt_9160734", "KC_OR2_X4" "functional"

`timescale 1ns / 100ps
module KC_OR2_X4 ( Y, A, B );

  output Y;
  input A;
  input B;

wire Y;
assign Y = (A || B );

endmodule
//Verilog HDL for "lyt_9160734", "KC_OR3_X1" "funcational"

`timescale 1ns / 100ps
module KC_OR3_X1 ( Y, A, B, C );

  input C;
  output Y;
  input A;
  input B;

wire Y;
assign Y = (A || B || C);

endmodule
//Verilog HDL for "lyt_9160734", "KC_OR4_X1" "functional"

`timescale 1ns / 100ps
module KC_OR4_X1 ( Y, A, B, C, D );

  output Y;
  input A;
  input B;
  input C;
  input D;

wire Y;
assign Y = A || B || C || D;

endmodule
//Verilog HDL for "lyt_9160734", "KC_OR4_X2" "functional"

`timescale 1ns / 100ps
module KC_OR4_X2 ( Y, A, B, C, D );

  output Y;
  input A;
  input B;
  input C;
  input D;

wire Y;
assign Y = A || B || C || D;

endmodule
//Verilog HDL for "lyt_9160734", "KC_SDFFRNHQ_X1" "functional"

`timescale 1ns / 100ps
module KC_SDFFRNHQ_X1 (D,CK ,RN, SI,SE,Q);
input D,CK ,RN,SI,SE;
output Q;

reg Q_reg;
always@(posedge CK or negedge RN)
begin
   if (RN == 1'b0)
      Q_reg <= 1'b0 ;
   else
//      Q_reg <= SE ? SI : D;

	Q_reg <= SE ? D : SI;

end

wire Q;
assign #1 Q = Q_reg;

endmodule


//Verilog HDL for "lyt_9160734", "KC_TIEH_X1" "functional"

`timescale 1ns / 100ps
module KC_TIEH_X1 ( Y );

  output Y;

wire Y;

assign Y = 1'B1;
endmodule
//Verilog HDL for "lyt_9160734", "KC_TIELO_X1" "functional"

`timescale 1ns / 100ps
module KC_TIELO_X1 ( Y );

  output Y;

wire Y;

assign Y = 1'B0;
endmodule
//Verilog HDL for "lyt_9160734 "KC_TINV_X1" "functional"

`timescale 1ns / 100ps
module KC_TINV_X1 ( Y, A, OE );

  output Y;
  input OE;
  input A;
 
wire Y;

assign Y = ~A;
//assign Y = OE ? (~A) : 1'Bz;
endmodule

//Verilog HDL for "lyt_9160734 "KC_TINV_X2" "functional"

`timescale 1ns / 100ps
module KC_TINV_X2 ( Y, A, B );

  output Y;
  input B;
  input A;
 
wire Y;

assign Y = A;
endmodule
//Verilog HDL for "lyt_9160734", "KC_TLAT_X1" "functional"

`timescale 1ns / 100ps
module KC_TLAT_X1 ( Q, A, B, CK );

  input CK;
  input A;
  input B;
  output Q;

reg Q_reg;

//always@(CK or A or B)
//   begin
//	if(CK== 1'b0)
//	    Q_reg <= (A || B) ;
//   end

always @ (posedge CK )
Q_reg <= (A || B);

wire Q;
assign #1 Q = CK & Q_reg;

endmodule
//Verilog HDL for "lyt_9160734", "KC_TLAT_X2" "functional"

`timescale 1ns / 100ps
module KC_TLAT_X2 ( Q, D, CK );

  input CK;
  input D;
  output Q;

reg Q_reg;
//always@(CK or D)
//   begin
//	if(CK== 1'b0)
//	    Q_reg <= D ;
//   end

always @ (posedge CK )
Q_reg <= D ;

wire Q;
assign #1 Q = CK & Q_reg;

endmodule
//Verilog HDL for "lyt_9160734", "KC_TLAT_X3" "functional"

`timescale 1ns / 100ps

module KC_TLAT_X3 ( Q, D, G );

  input G;
  input D;
  output Q;


wire Q;

assign Q = G ? D : ~D ;

//assign #1 Q = Q_reg;
endmodule
//Verilog HDL for "lyt_9160734", "KC_XNOR2_X1" "functional"

`timescale 1ns / 100ps
module KC_XNOR2_X1 ( Y, A, B );

  output Y;
  input A;
  input B;

wire Y;
assign Y = ~(A ^ B );

endmodule
//Verilog HDL for "lyt_9160734", "KC_XNOR2_X2" "functional"

`timescale 1ns / 100ps
module KC_XNOR2_X2 ( Y, A, B );

  output Y;
  input A;
  input B;

wire Y;
assign Y = ~(A ^ B );

endmodule
//Verilog HDL for "lyt_9160734", "KC_XNOR2_X3" "functional"

`timescale 1ns / 100ps
module KC_XNOR2_X3 ( Y, A, B );

  output Y;
  input A;
  input B;

wire Y;
assign Y = ~(A ^ B );

endmodule
//Verilog HDL for "lyt_9160734", "KC_XNOR2_X4" "functional"
`timescale 1ns / 100ps

module KC_XNOR2_X4 ( Y, A, B );

  output Y;
  input A;
  input B;

wire Y;
assign Y = ~(A ^ B) ;

endmodule
//Verilog HDL for "lyt_9160734", "KC_XNOR2_X5" "functional"

`timescale 1ns / 100ps
module KC_XNOR2_X5 ( Y, A, B );

  output Y;
  input A;
  input B;

wire Y;
assign Y = ~(A ^ B );

endmodule
//Verilog HDL for "lyt_9160734", "KC_XNOR2_X6" "functional"

`timescale 1ns / 100ps
module KC_XNOR2_X6 ( Y, A, B );

  output Y;
  input A;
  input B;

wire Y;
//assign Y = ~(A ^ B );
assign Y = (A ^ B );

endmodule
//Verilog HDL for "lyt_9160734", "KC_XNOR2_X8 "functional"

`timescale 1ns / 100ps
module KC_XNOR2_X8 ( Y, A, B );

  output Y;
  input A;
  input B;

wire Y;
assign Y = ~(A ^ B );

endmodule
//Verilog HDL for "lyt_9160734", "KC_XOR2_X1" "functional"

`timescale 1ns / 100ps
module KC_XOR2_X1 ( Y, A, B );

  output Y;
  input A;
  input B;

wire Y;
assign Y = (A ^ B );

endmodule
//Verilog HDL for "lyt_9160734", "KC_XOR2_X2" "functional"
`timescale 1ns / 100ps

module KC_XOR2_X2 ( Y, A, B );

 
  output Y;
  input A;
  input B;

wire Y;
//assign Y = (A ^ B) ;

assign Y = ~(A ^ B);

endmodule
//Verilog HDL for "lyt_9160734", "KC_XOR2_X3" "functional"
`timescale 1ns / 100ps

module KC_XOR2_X3 ( Y, A, B );

 
  output Y;
  input A;
  input B;

wire Y;
assign Y = (A ^ B) ;

endmodule
//Verilog HDL for "lyt_9160734", "KC_XOR2_X4" "functional"
`timescale 1ns / 100ps

module KC_XOR2_X4 ( Y, A, B );

 
  output Y;
  input A;
  input B;

wire Y;
assign Y = (A ^ B) ;

endmodule
//Verilog HDL for "lyt_9160734", "KC_XOR2_X5" "functional"

`timescale 1ns / 100ps
module KC_XOR2_X5 ( Y, A, B );

  output Y;
  input A;
  input B;

wire Y;
assign Y = (A ^ B );

endmodule
//Verilog HDL for "lyt_9160734", "KC_XOR2_X6" "functional"

`timescale 1ns / 100ps
module KC_XOR2_X6 ( Y, A, B );

  output Y;
  input A;
  input B;

wire Y;
assign Y = B ? (A ? 1'bx : 1'b1) : A ; 

endmodule